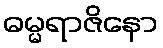
ဓမ္မရာဇိနော